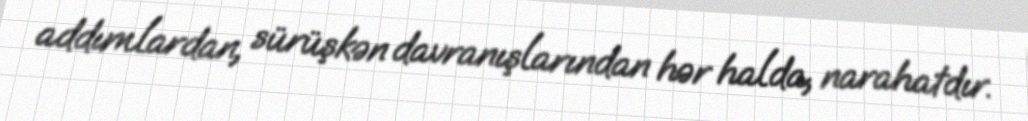
addımlardan, sürüşkən davranışlarından hər halda, narahatdır.